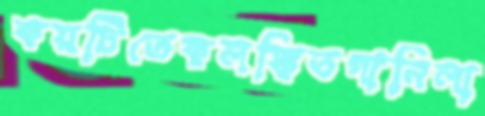
কয়টিতেকলঙ্কিতগানিলা